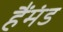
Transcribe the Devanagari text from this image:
हैंमंड